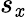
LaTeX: s_{\mathit{x}}